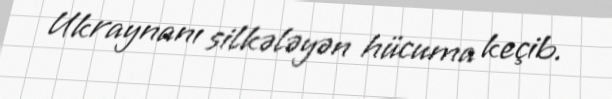
Ukraynanı silkələyən hücuma keçib.